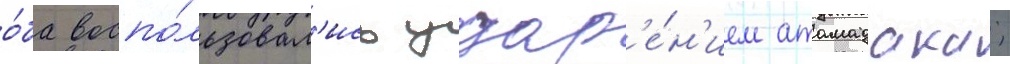
о́ба воспо́льзовал'ись удар'е́н'ием атамадака;